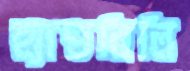
হ্যান্ডবিলি